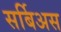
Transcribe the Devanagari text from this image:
सर्बिअस